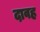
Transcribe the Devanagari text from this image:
दावह